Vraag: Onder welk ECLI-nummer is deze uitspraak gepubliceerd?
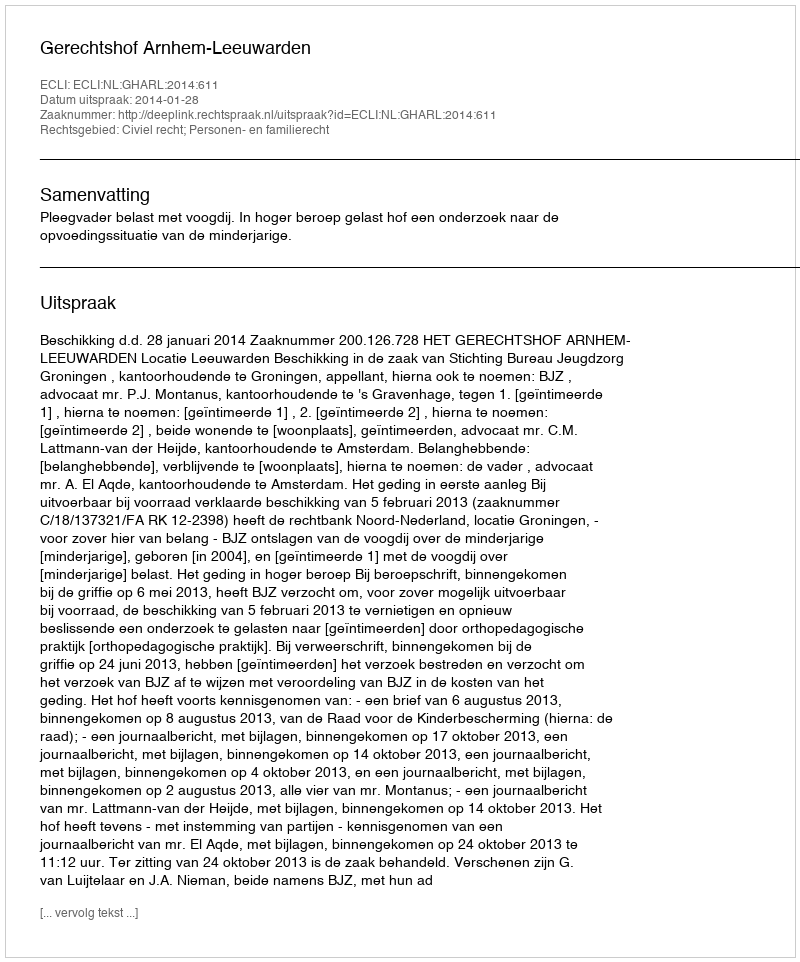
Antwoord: ECLI:NL:GHARL:2014:611